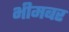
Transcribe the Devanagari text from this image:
भीमबर